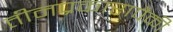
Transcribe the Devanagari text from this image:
तीनप्रकारापैकी